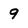
Character: 9